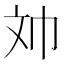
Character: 𱡢